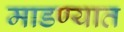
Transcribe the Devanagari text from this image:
माडण्यात